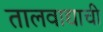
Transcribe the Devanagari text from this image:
तालवाद्याची